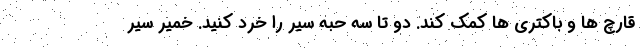
قارچ ها و باکتری ها کمک کند. دو تا سه حبه سیر را خرد کنید. خمیر سیر